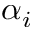
\alpha _ { i }